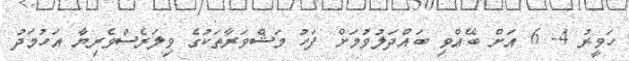
ހަވީރު 4- 6 އަށް ބޭއްވި ބައްދަލުވުމަށް ފަހު މަޝްވަރާތަކުގެ ވިލަރެސްވެރިޔާ އަހުމަދު